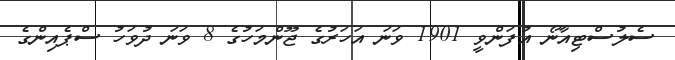
ސެލުސްޓިއާނޯ އުފަންވީ 1901 ވަނަ އަހަރުގެ ޖޫންމަހުގެ 8 ވަނަ ދުވަހު ސްޕެއިންގެ